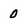
Character: 0